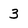
Character: 3